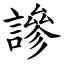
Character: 謲